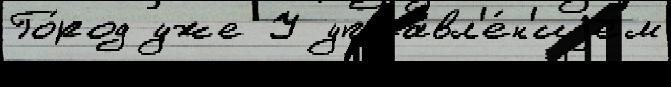
Го́род уже У управл'е́н'иjем